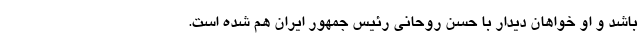
باشد و او خواهان دیدار با حسن روحانی رئیس جمهور ایران هم شده است.